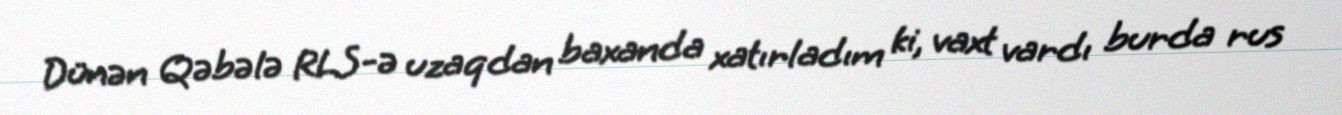
Dünən Qəbələ RLS-ə uzaqdan baxanda xatırladım ki, vaxt vardı burda rus